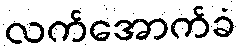
လက်အောက်ခံ